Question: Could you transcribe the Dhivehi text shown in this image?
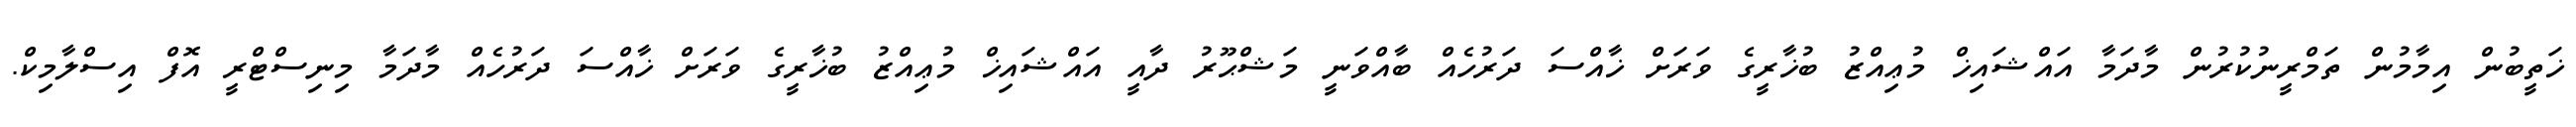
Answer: ޚަތީބުން އިމާމުން ތަމްރީނުކުރުން މާދަމާ އައްޝައިޚް މުޢިއްޒު ބުޚާރީގެ ވަރަށް ޚާއްސަ ދަރުހެއް ބާއްވަނީ މަޝްޙޫރު ދާއީ އައްޝައިޚް މުޢިއްޒު ބުޚާރީގެ ވަރަށް ޚާއްސަ ދަރުހެއް މާދަމާ މިނިސްޓްރީ އޮފް އިސްލާމިކް.